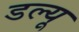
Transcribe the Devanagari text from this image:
डल्यू